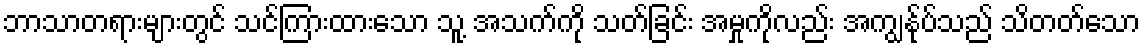
ဘာသာတရားများတွင် သင်ကြားထားသော သူ့ အသက်ကို သတ်ခြင်း အမှုကိုလည်း အကျွန်ုပ်သည် သိတတ်သော